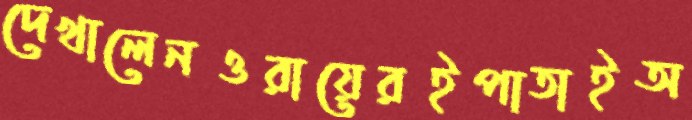
দেখালেনওরায়েরইপাতাইঅ